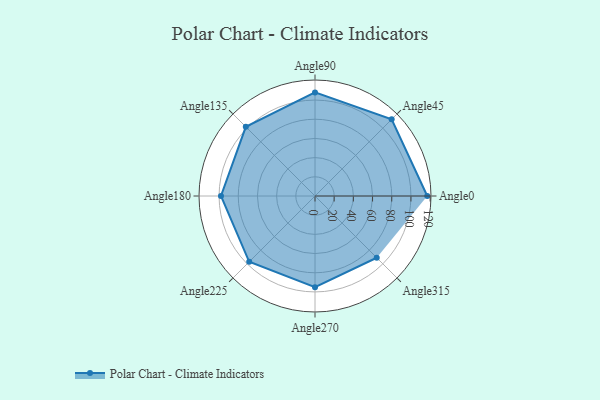
{"axis": {"x": "Angle", "y": "Radius"}, "legend": [""], "data": [{"x": "Angle0", "y": 117.0, "type": ""}, {"x": "Angle45", "y": 113.0, "type": ""}, {"x": "Angle90", "y": 108.0, "type": ""}, {"x": "Angle135", "y": 102.0, "type": ""}, {"x": "Angle180", "y": 98.0, "type": ""}, {"x": "Angle225", "y": 97.0, "type": ""}, {"x": "Angle270", "y": 95.0, "type": ""}, {"x": "Angle315", "y": 91.0, "type": ""}]}